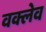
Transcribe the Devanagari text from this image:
वक्लेव